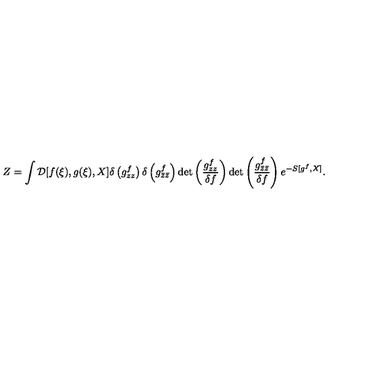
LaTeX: Z = \int { \cal D } [ f ( \xi ) , g ( \xi ) , X ] \delta \left( g _ { z z } ^ { f } \right) \delta \left( g _ { \bar { z } \bar { z } } ^ { f } \right) \mathrm { d e t } \left( \frac { g _ { z z } ^ { f } } { \delta f } \right) \mathrm { d e t } \left( \frac { g _ { \bar { z } \bar { z } } ^ { f } } { \delta f } \right) e ^ { - S [ g ^ { f } , X ] } .